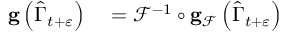
\begin{array} { r l } { \mathbf { g } \left( \widehat { \Gamma } _ { t + \varepsilon } \right) } & { { } = \mathcal { F } ^ { - 1 } \circ \mathbf { g } _ { \mathcal { F } } \left( \widehat { \Gamma } _ { t + \varepsilon } \right) } \end{array}